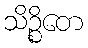
သိဉ္စိတေ